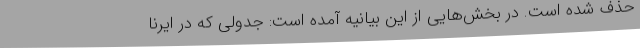
حذف شده است. در بخش‌هایی از این بیانیه آمده است: جدولی که در ایرنا